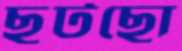
ছুটছো